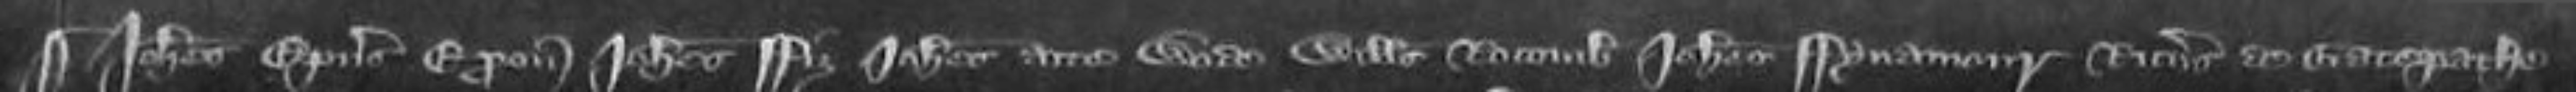
¶Johannes Episcopus Exonie Johannes Fitz Johannes atte Wode Willelmus Rocomb Johannes Fynamour Ricardus de Gatepathe